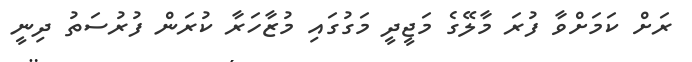
ރަށް ކަމަށްވާ ފުރަ މާލޭގެ މަޖީދީ މަގުގައި މުޒާހަރާ ކުރަން ފުރުސަތު ދިނީ